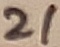
Text: 21